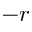
- r